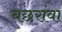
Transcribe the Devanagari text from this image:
बछरांवा